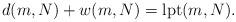
LaTeX: \begin{align*}d(m, N)+w(m, N)=\textup{lpt}(m, N).\end{align*}